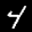
Label: 4